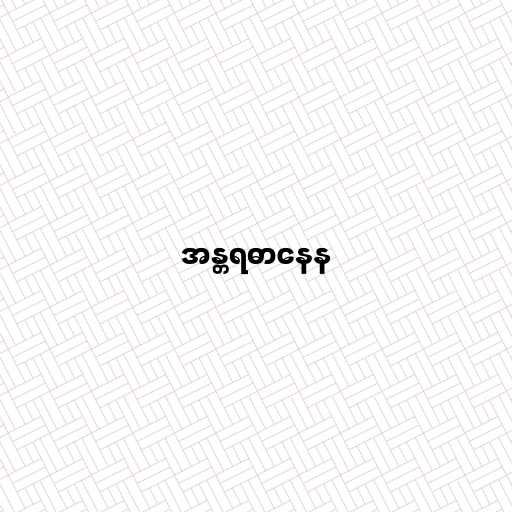
အန္တရဓာနေန